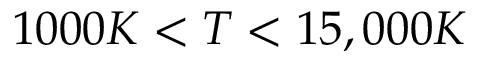
1 0 0 0 K < T < 1 5 , 0 0 0 K